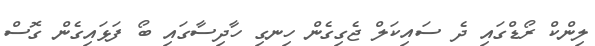
ލިންކް ރޯޑްގައި ދެ ސައިކަލް ޖެގިގެން ހިނގި ހާދިސާގައި ބޯ ފަޅައިގެން ގޮސް